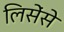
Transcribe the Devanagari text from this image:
लिसेंसे